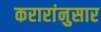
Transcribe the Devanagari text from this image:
करारांनुसार